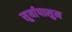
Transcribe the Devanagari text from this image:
सुर्यापासुन